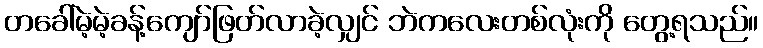
တခေါ်မဲ့မဲ့ခန့်ကျော်ဖြတ်လာခဲ့လျှင် ဘဲကလေးတစ်လုံးကို တွေ့ရသည်။